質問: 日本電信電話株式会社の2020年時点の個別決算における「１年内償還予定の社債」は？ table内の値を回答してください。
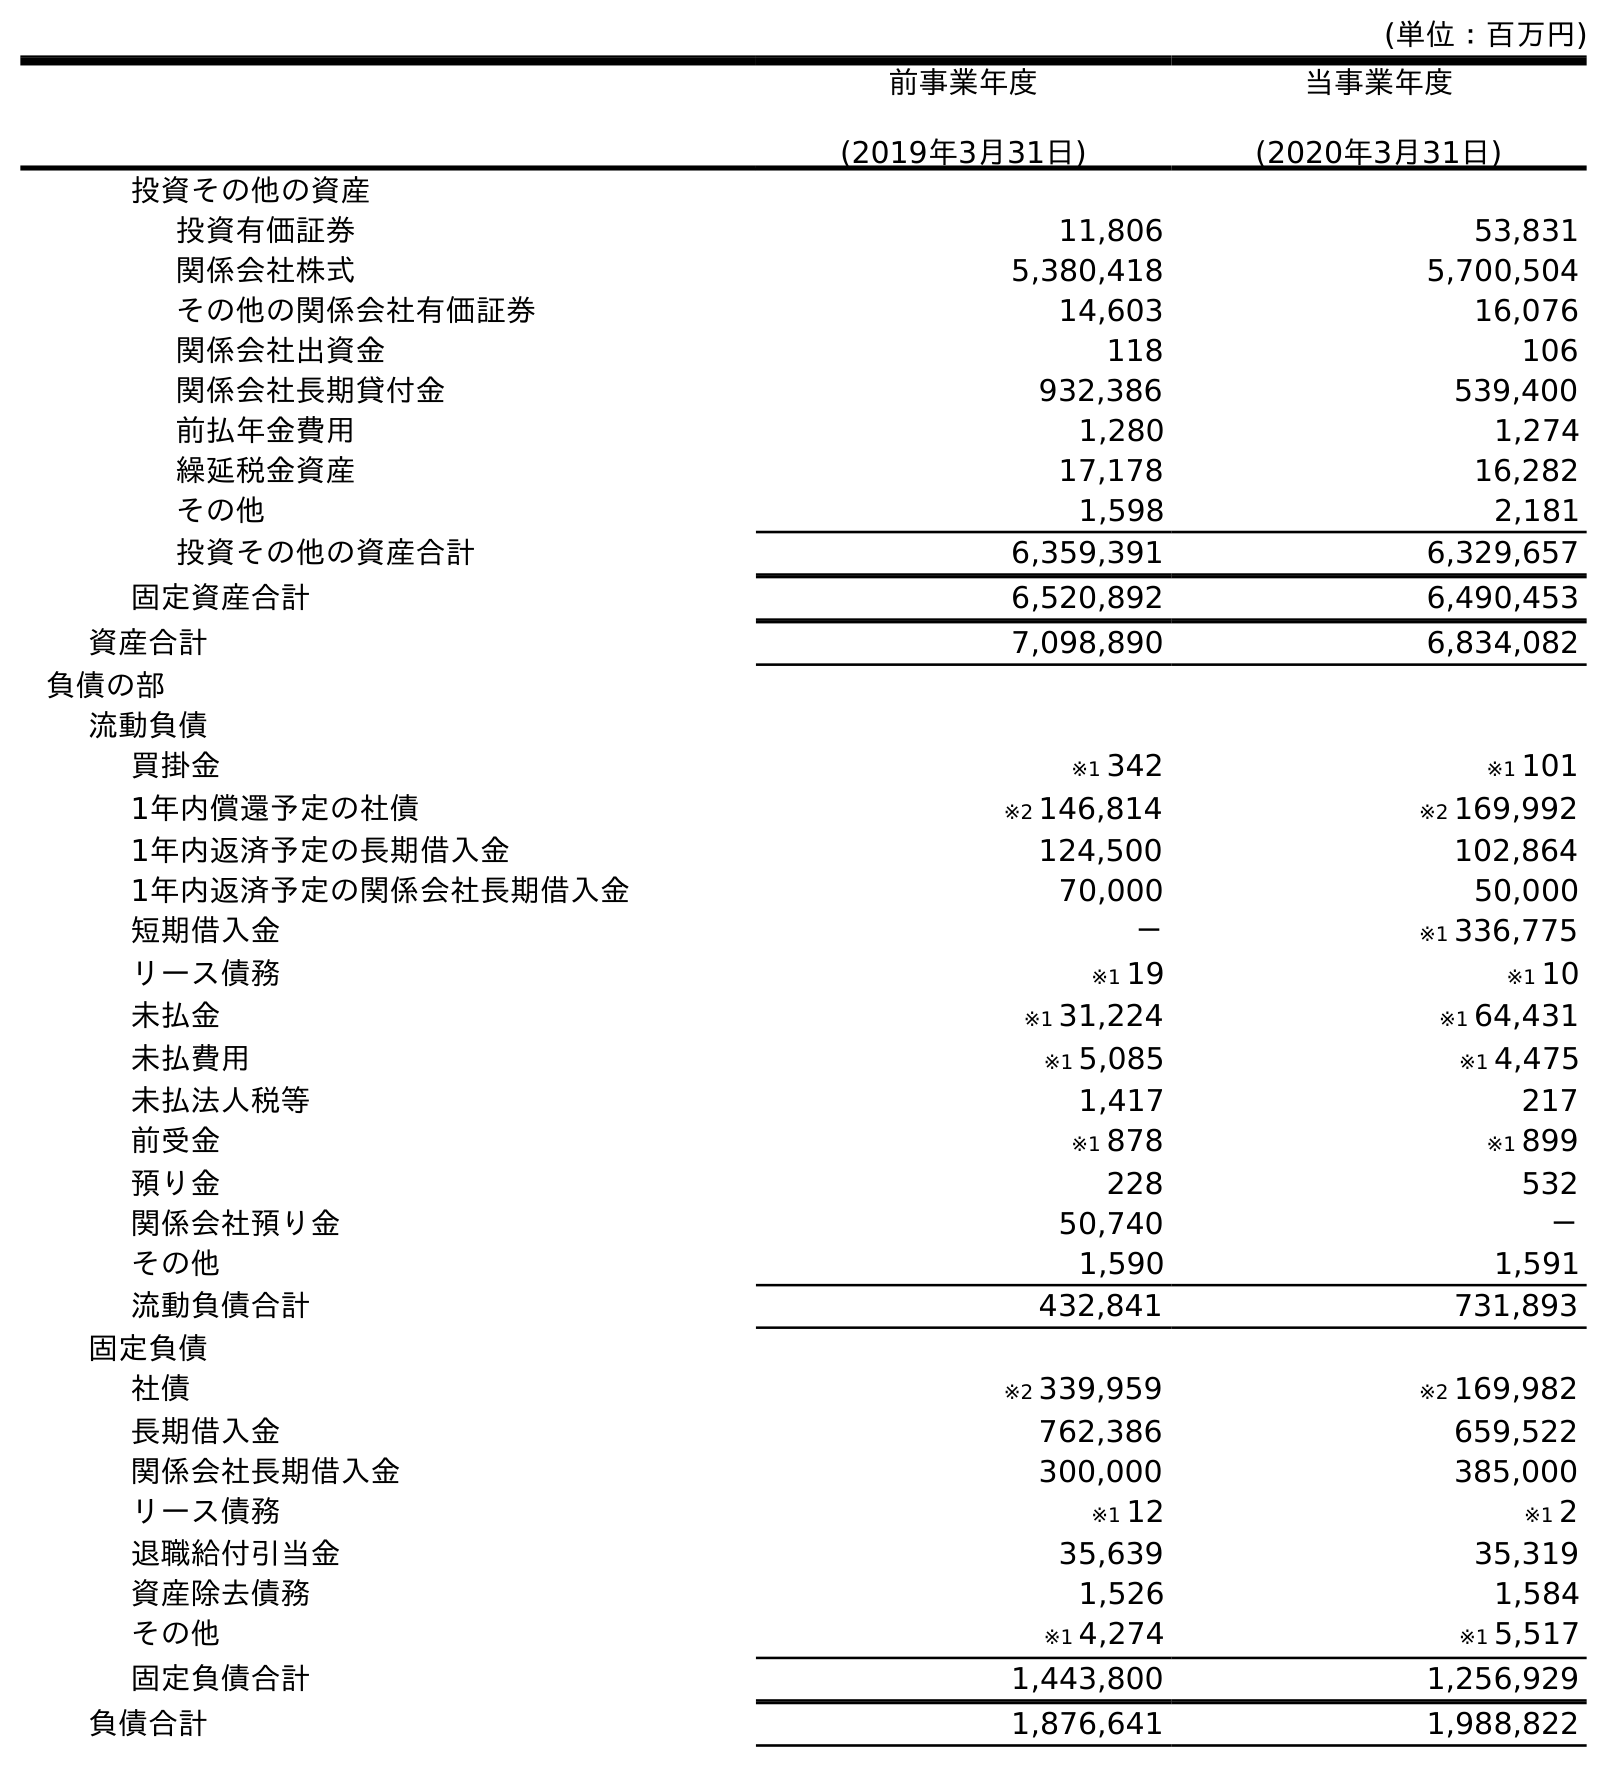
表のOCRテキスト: (単位：百万円) 前事業年度 (2019年3月31日) 当事業年度 (2020年3月31日) 投資その他の資産 投資有価証券 11,806 53,831 関係会社株式 5,380,418 5,700,504 その他の関係会社有価証券 14,603 16,076 関係会社出資金 118 106 関係会社長期貸付金 932,386 539,400 前払年金費用 1,280 1,274 繰延税金資産 17,178 16,282 その他 1,598 2,181 投資その他の資産合計 6,359,391 6,329,657 固定資産合計 6,520,892 6,490,453 資産合計 7,098,890 6,834,082 負債の部 流動負債 買掛金 ※1 342 ※1 101 1年内償還予定の社債 ※2 146,814 ※2 169,992 1年内返済予定の長期借入金 124,500 102,864 1年内返済予定の関係会社長期借入金 70,000 50,000 短期借入金 － ※1 336,775 リース債務 ※1 19 ※1 10 未払金 ※1 31,224 ※1 64,431 未払費用 ※1 5,085 ※1 4,475 未払法人税等 1,417 217 前受金 ※1 878 ※1 899 預り金 228 532 関係会社預り金 50,740 － その他 1,590 1,591 流動負債合計 432,841 731,893 固定負債 社債 ※2 339,959 ※2 169,982 長期借入金 762,386 659,522 関係会社長期借入金 300,000 385,000 リース債務 ※1 12 ※1 2 退職給付引当金 35,639 35,319 資産除去債務 1,526 1,584 その他 ※1 4,274 ※1 5,517 固定負債合計 1,443,800 1,256,929 負債合計 1,876,641 1,988,822
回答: ※2169,992